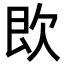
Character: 𣢣